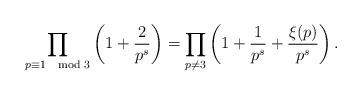
LaTeX: \begin{align*}\prod_{p \equiv 1\mod 3} \left(1 + \frac{2}{p^s}\right) = \prod_{p \neq 3} \left(1 + \frac{1}{p^s} + \frac{\xi(p)}{p^s}\right).\end{align*}